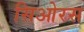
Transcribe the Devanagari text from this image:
सिओरस